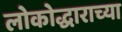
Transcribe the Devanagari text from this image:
लोकोद्धाराच्या